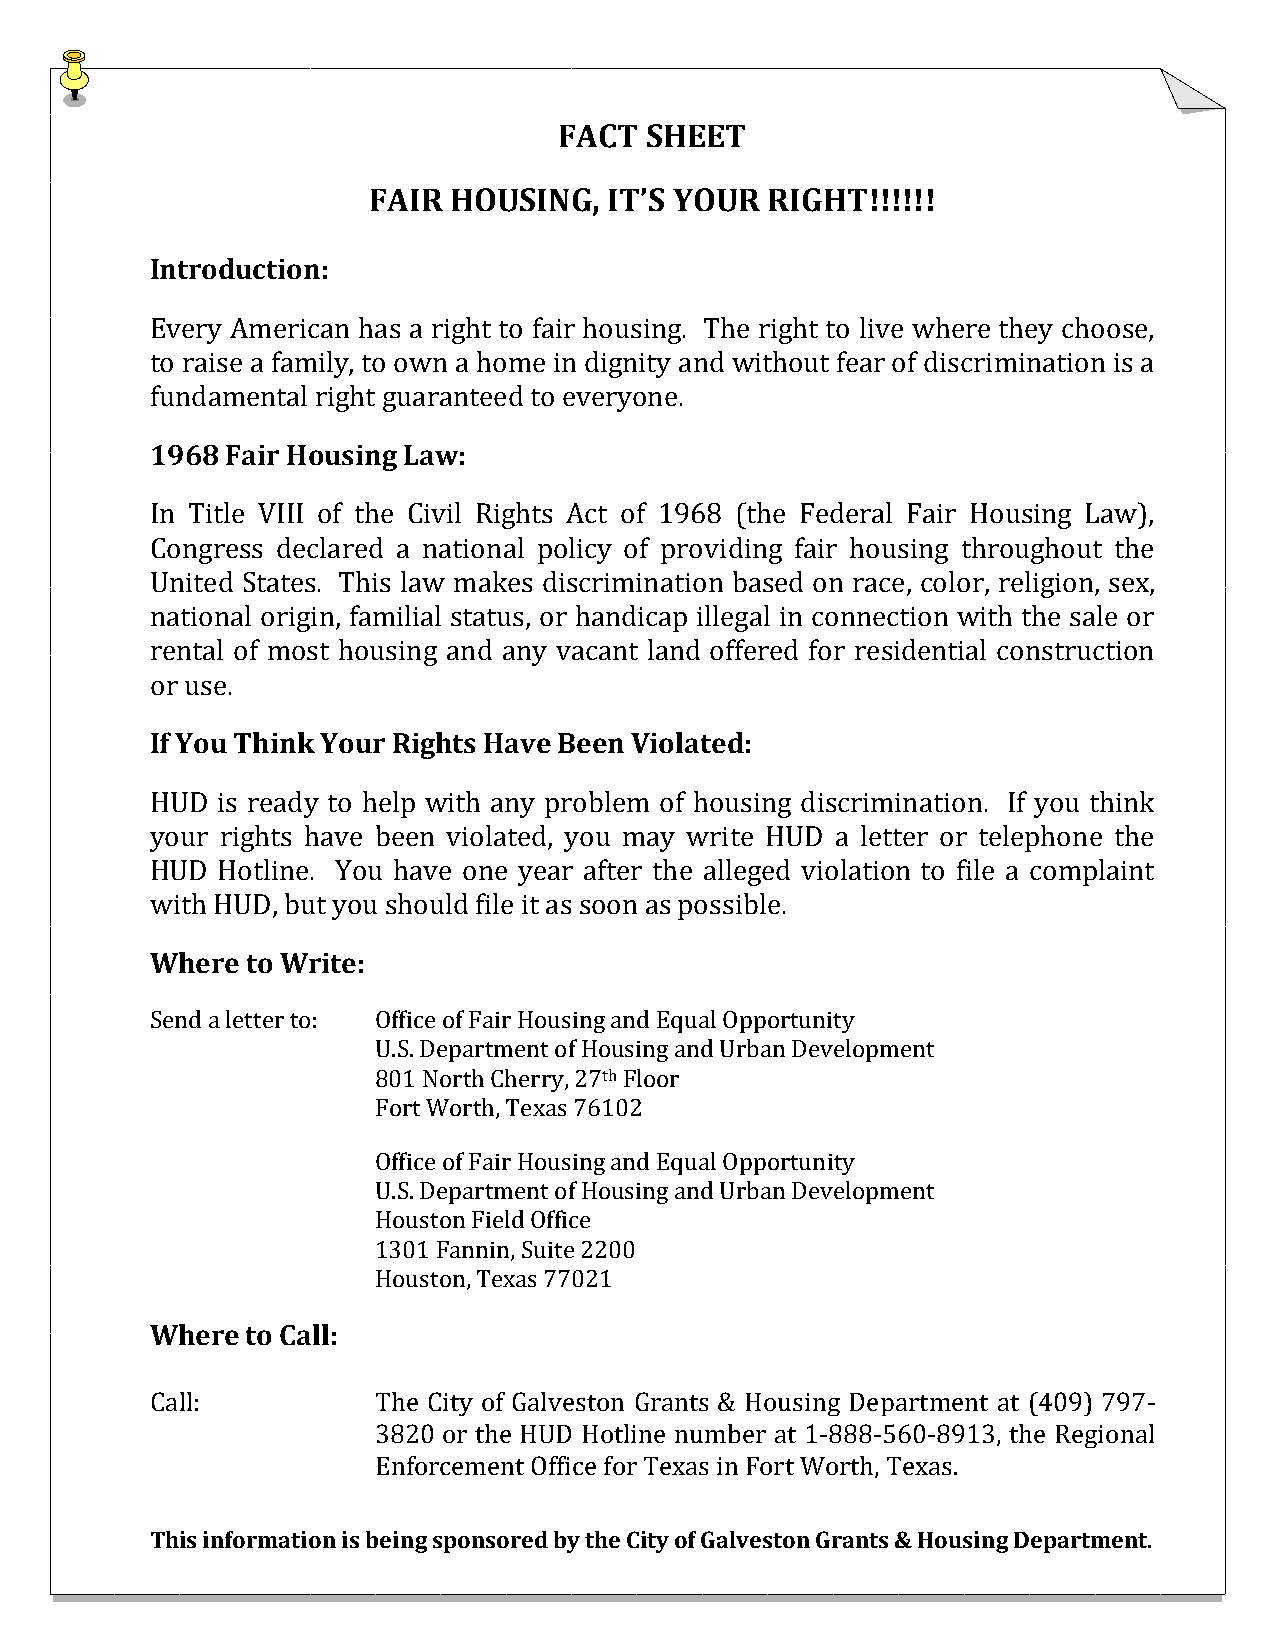
FACT  SHEET
 FAIR  HOUSING,  IT’S YOUR  RIGHT!!!!!!
 Introduction:
 Every American has a right to fair housing. The right to live where they choose,
 to raise a family, to own a home in dignity and without fear of discrimination is a
 fundamental right guaranteed to everyone.
 1968 Fair Housing Law:
 In Title VIII of the Civil Rights Act of 1968 (the Federal Fair Housing Law),
 Congress declared a national policy of providing fair housing throughout the
 United States. This law makes discrimination based on race, color, religion, sex,
 national origin, familial status, or handicap illegal in connection with the sale or
 rental of most housing and any vacant land offered for residential construction
 or use.
 If You Think Your Rights Have Been Violated:
 HUD is ready to help with any problem of housing discrimination. If you think
 your rights have been violated, you may write HUD a letter or telephone the
 HUD Hotline. You have one year after the alleged violation to file a complaint
 with HUD, but you should file it as soon as possible.
 Where to Write:
 Send a letter to: Office of Fair Housing and Equal Opportunity
 U.S. Department of Housing and Urban Development
 801 North Cherry, 27th Floor
 Fort Worth, Texas 76102
 Office of Fair Housing and Equal Opportunity
 U.S. Department of Housing and Urban Development
 Houston Field Office
 1301 Fannin, Suite 2200
 Houston, Texas 77021
 Where to Call:
 Call:          The City of Galveston Grants & Housing Department at (409) 797-
 3820 or the HUD Hotline number at 1-888-560-8913, the Regional
 Enforcement Office for Texas in Fort Worth, Texas.
 This information is being sponsored by the City of Galveston Grants & Housing Department.